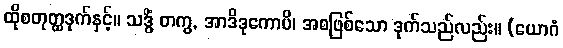
ထိုစတုတ္ထဒုက်နှင့်။ သဒ္ဓိံ တကွ, အာဒိဒုကောပိ၊ အစဖြစ်သော ဒုက်သည်လည်း။ (ယောဂံ